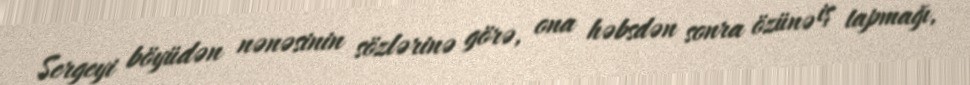
Sergeyi böyüdən nənəsinin sözlərinə görə, ona həbsdən sonra özünə iş tapmağı,